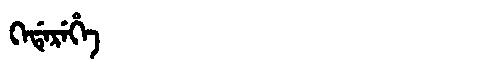
Manchu: ᡴᡝᡩᡝᡵᡝᡥᡝ
Romanization: KEDEREHE